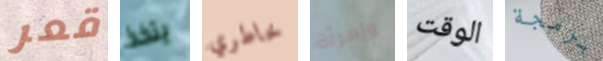
قعر يتخذ خاطري وإمرأة الوقت برمجة